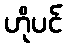
ဟိုပင်